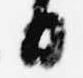
日